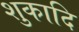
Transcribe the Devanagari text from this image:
शुकादि